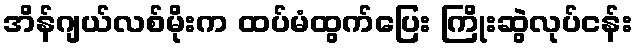
အိန်ဂျယ်လစ်မိုးက ထပ်မံထွက်ပြေး ကြိုးဆွဲလုပ်ငန်း